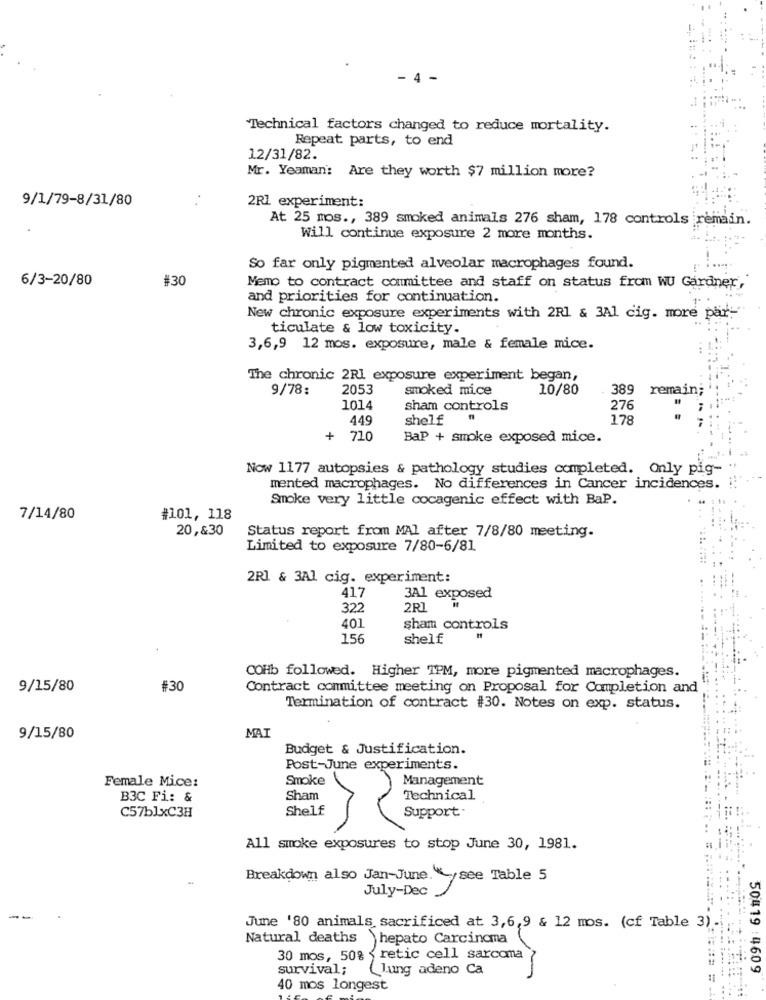
- 4 -
Technical factors changed to reduce mortality.
Repeat parts, to end
12/31/82.
Mr. Yeaman: Are they worth $7 million more?
9/1/79-8/31/80
2R1 experiment:
At 25 mos ., 389 smoked animals 276 sham, 178 controls remain.
Will continue exposure 2 more months.
So far only pigmented alveolar macrophages found.
6/3-20/80
#30
Memo to contract committee and staff on status from WU Gardner,
and priorities for continuation.
New chronic exposure experiments with 2Rl & 3Al cig. more par:
ticulate & low toxicity.
3,6,9 12 mos. exposure, male & female mice.
The chronic 2RI exposure experiment began,
9/78:
2053
smoked mice
10/80
389 remain;
1014
sham controls
276
449
shelf
178
+
710
BaP + smoke exposed mice.
Now 1177 autopsies & pathology studies completed. Only pig-
mented macrophages. No differences in Cancer incidences.
Smoke very little cocagenic effect with BaP.
7/14/80
#101, 118
20,&30
Status report from MAl after 7/8/80 meeting.
Limited to exposure 7/80-6/81
2Rl & 3Al cig. experiment:
417
3A1 exposed
322
2RL
401
sham controls
156
shelf
COHb followed. Higher TPM, more pigmented macrophages.
9/15/80
#30
Contract committee meeting on Proposal for Completion and
Termination of contract #30. Notes on exp. status.
9/15/80
MAI
Budget & Justification.
Post-June experiments.
Female Mice:
Smoke
Management
B3C Fi: &
Sham
Technical
Shelf
Support.
C57b1xC3H
All smoke exposures to stop June 30, 1981.
Breakdown also Jan-June. * see Table 5
July-Dec
--
June '80 animals sacrificed at 3,6,9 & 12 mos. (cf Table 3)-
Natural deaths
hepato Carcinoma
30 mos, 50% { retic cell sarcoma
survival;
Jung adeno Ca
50419 : 4609
40 mos longest